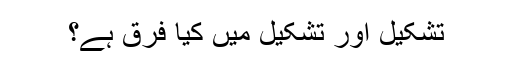
تشکیل اور تشکیل میں کیا فرق ہے؟